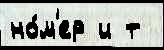
но́м'ер и т